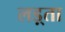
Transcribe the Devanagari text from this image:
लड़्ता